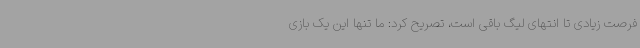
فرصت زیادی تا انتهای لیگ باقی است، تصریح کرد: ما تنها این یک بازی